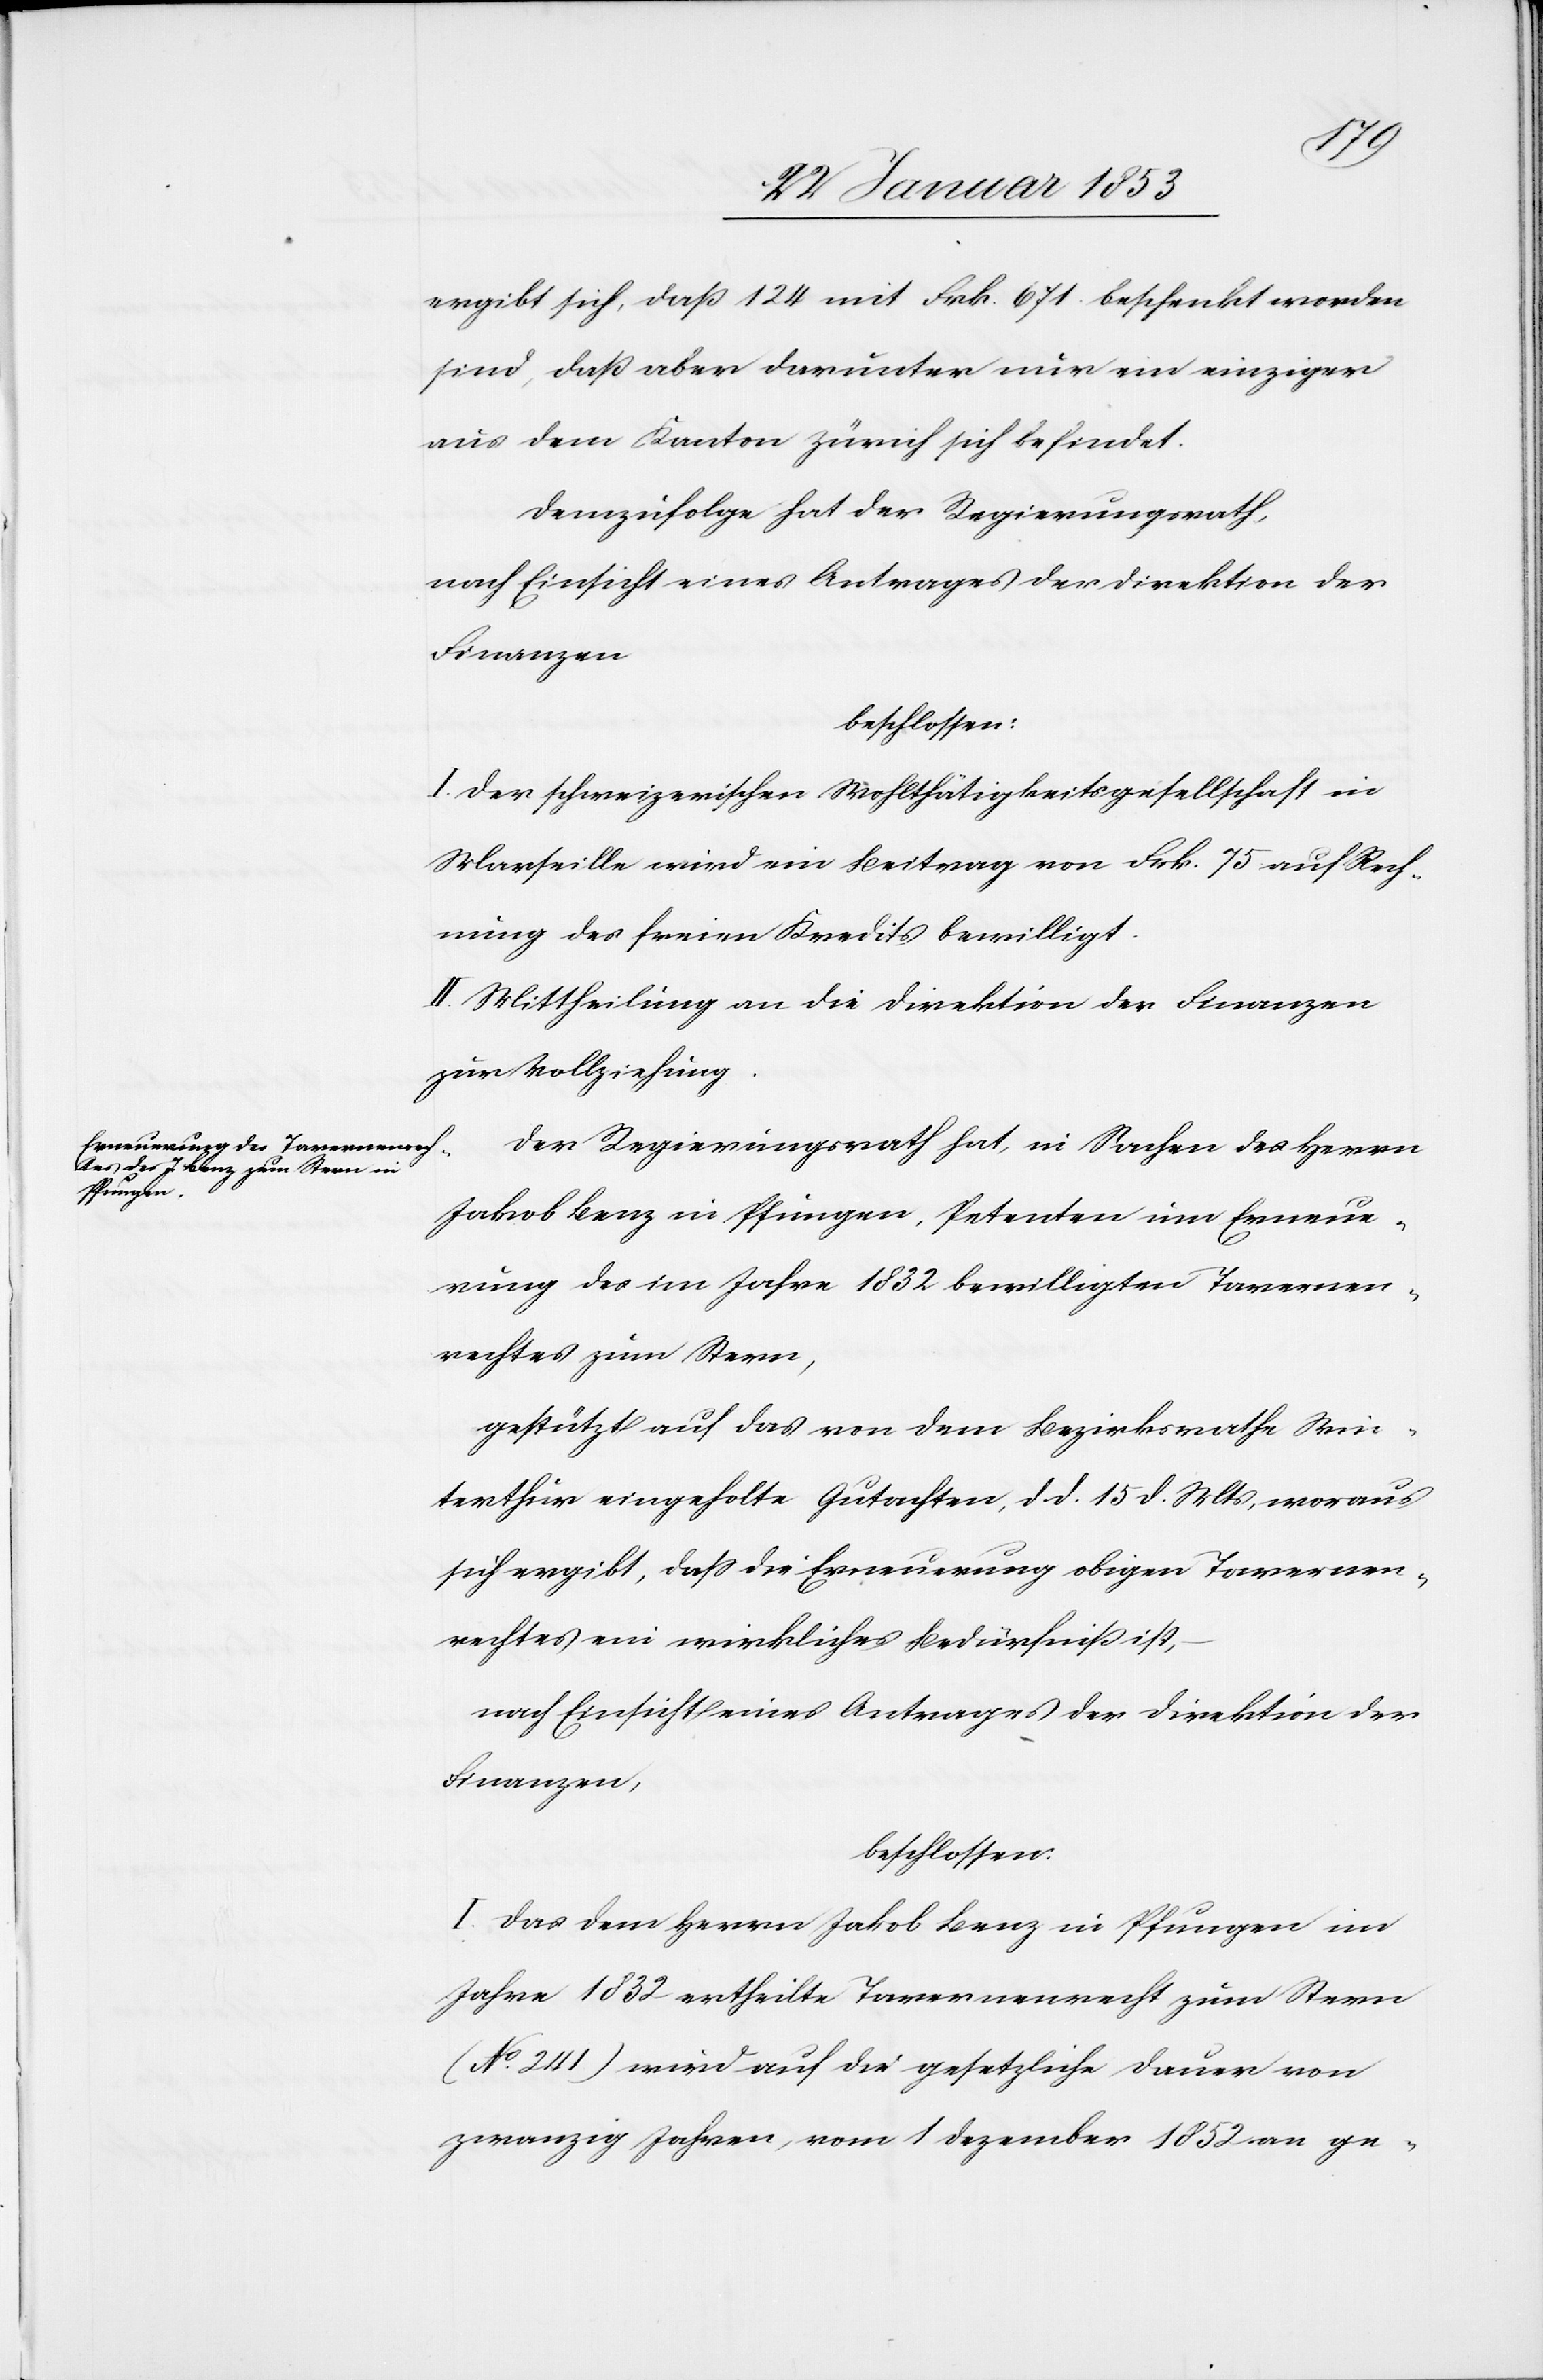
ergibt sich, daß 124 mit Frk. 671 beschenkt worden
sind, daß aber darunter nur ein einziger
aus dem Kanton Zürich sich befindet.
demzufolge hat der Regierungsrath,
nach Einsicht eines Antrages der Direktion der
Finanzen
beschlossen:
I. der schweizerischen Wohlthätigkeitsgesellschaft in
Marseille wird ein Beitrag von Frk. 75 auf Rech¬
nung des freien Kredits bewilligt.
II. Mittheilung an die Direktion der Finanzen
zur Vollziehung.
Der Regierungsrath hat, in Sachen des Herrn
Jakob Benz in Pfungen, Petenten um Erneue¬
rung des im Jahre 1832 bewilligten Tavernen¬
rechtes zum Stern,
gestützt auf das von dem Bezirksrathe Win¬
terthur eingeholte Gutachten, d. d. 15 d. Mts., woraus
sich ergibt, daß die Erneuerung obigen Tavernen¬
rechtes ein wirkliches Bedürfniß,
nach Einsicht eines Antrages der Direktion der
Finanzen,
beschlossen.
I. das dem Herrn Jakob Benz in Pfungen im
Jahre 1832 ertheilte Tavernenrecht zum Stern
(No. 241) wird auf die gesetzliche Dauer von
zwanzig Jahren vom 1 Dezember 1852 an ge-